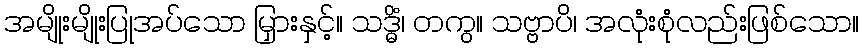
အမျိုးမျိုးပြုအပ်သော မြှားနှင့်။ သဒ္ဓိံ၊ တကွ။ သဗ္ဗာပိ၊ အလုံးစုံလည်းဖြစ်သော။